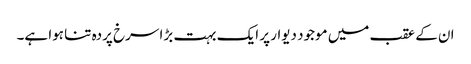
ان کے عقب میں موجود دیوار پر ایک بہت بڑا سرخ پردہ تنا ہوا ہے۔